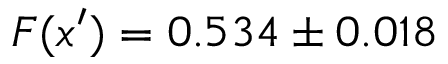
F ( x ^ { \prime } ) = 0 . 5 3 4 \pm 0 . 0 1 8